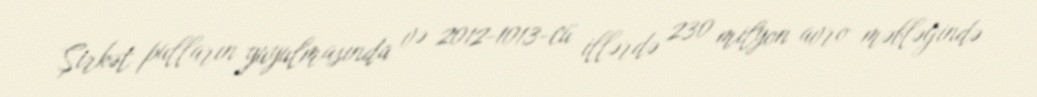
Şirkət pulların yuyulmasında və 2012-1013-cü illərdə 230 milyon avro məbləğində